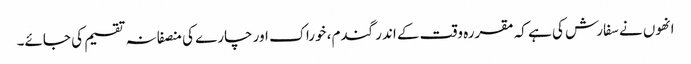
انھوں نے سفارش کی ہے کہ مقررہ وقت کے اندر گندم، خوراک اور چارے کی منصفانہ تقسیم کی جائے۔